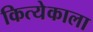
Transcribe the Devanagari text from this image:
कित्येकाला